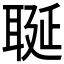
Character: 𦕣